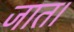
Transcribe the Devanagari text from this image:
जात।